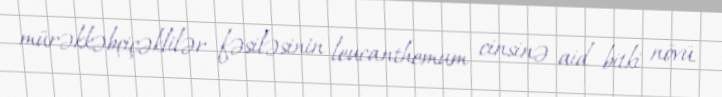
mürəkkəbçiçəklilər fəsiləsinin leucanthemum cinsinə aid bitki növü.